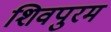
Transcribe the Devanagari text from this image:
शिवपुरम